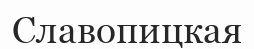
Славопицкая